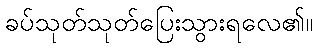
ခပ်သုတ်သုတ်ပြေးသွားရလေ၏။